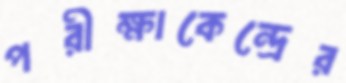
পরীক্ষাকেন্দ্রের